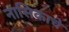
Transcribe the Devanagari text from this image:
नासिकाचे